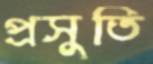
প্রসুতি